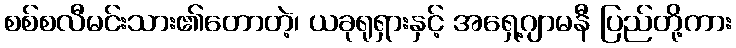
စစ်စလီမင်းသား၏တောတဲ့၊ ယခုရုရှားနှင့် အရှေ့ဂျာမနီ ပြည်တို့ကား